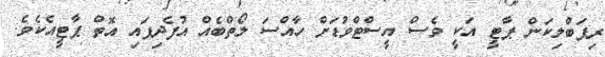
ރިޕަބްލިކަން ޕާޓީ އަކީ ވެސް އީސްޓްވުޑަށް ހާއްސަ ލޯތްބެއް އުފެދިފައި އޮތް ޕާޓީއެކެވެ.